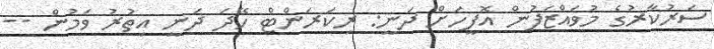
ސަރުކާރުގެ މުވައްޒަފުން އޮފީހަށް ދަނީ: ރިކަރަންޓް ހޭދަ ދަނީ އިތުރު ވަމުން --